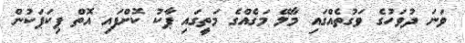
ވަނަ ދުވަހުގެ ވަގުތެއްގައި މާލޭ މަގެއްގެ މަތީގައި ޕާކު ކޮށްފައި އޮތް ޕިކަޕަކުން